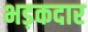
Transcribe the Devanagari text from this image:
भड़कदार